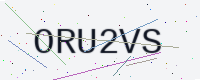
Text: ORU2VS